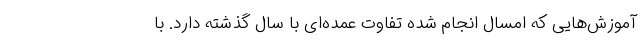
آموزش‌هایی که امسال انجام شده تفاوت عمده‌ای با سال گذشته دارد. با